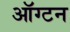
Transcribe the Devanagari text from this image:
ऑग्टन